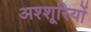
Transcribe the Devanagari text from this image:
अश्शूरियों